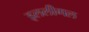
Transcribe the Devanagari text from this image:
इललीगल